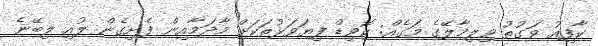
ކާފިއު ވަގުތު ވިލިމާލޭގެ މަގެއް: ކޮވިޑް ފިޔަވަޅުތަކަށް މާދަމާއިން ފެށިގެން ލުއި ލިބޭނެ